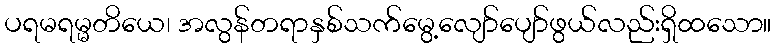
ပရမရမ္မတိယေ၊ အလွန်တရာနှစ်သက်မွေ့လျော်ပျော်ဖွယ်လည်းရှိထသော။